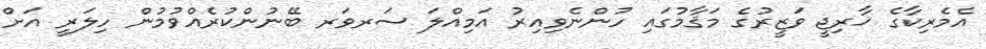
އެމެރިކާގެ ޚާރިޖީ ވަޒީރުގެ މަޤާމުގައި ހުންނެވިއިރު އަމިއްލަ ސަރވަރ ބޭނުންކުރެއްވުމުން ހިލަރީ އަށް